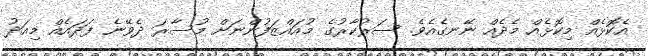
އެކޮޅެއް މިކޮޅެއް މެދެއް ނޭނގެއެވެ. ސަރުކާރުގެ މުއައްޒަފުންނަށް މުސާރަ ދެވޭނެ ފަދައެއް މިއަދު